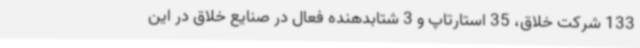
133 شرکت خلاق، 35 استارتاپ و 3 شتابدهنده فعال در صنایع خلاق در این